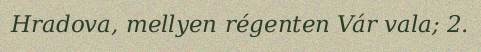
Hradova, mellyen régenten Vár vala; 2.